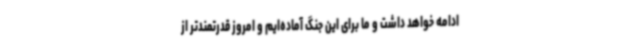
ادامه خواهد داشت و ما برای این جنگ آماده‌ایم و امروز قدرتمندتر از